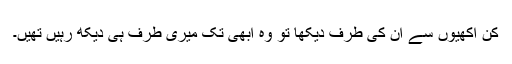
کن اکھیوں سے ان کی طرف دیکھا تو وہ ابھی تک میری طرف ہی دیکھ رہیں تھیں۔